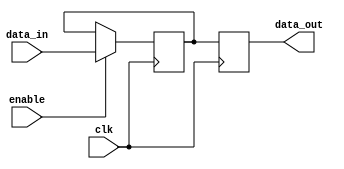
module hold_condition (
    input wire clk,          // Clock signal
    input wire enable,       // Enable signal (active high)
    input wire [7:0] data_in, // Input data
    output reg [7:0] data_out // Output data
);

// Internal state variable
reg [7:0] current_state;

// Initial state
initial begin
    current_state = 8'b0; // Initialize to zero
end

// Behavioral logic for hold condition
always @(posedge clk) begin
    if (enable) begin
        // Update the current state with input data when enable is high
        current_state <= data_in;
    end
    // If enable is low, hold the current state (do not update)
end

// Assign the current state to output
always @(posedge clk) begin
    data_out <= current_state;
end

endmodule